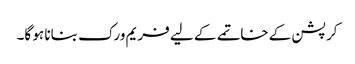
کرپشن کے خاتمے کے لیے فریم ورک بنانا ہو گا۔